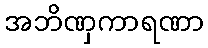
အဘိဏှကာရဏာ